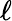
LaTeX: \ell